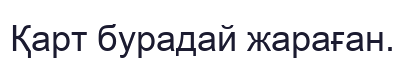
Қарт бурадай жараған.